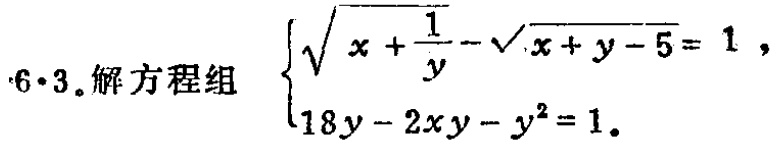
\(6\cdot3.解方程组

\begin{cases}

\sqrt{x + \frac{1}{y}}-\sqrt{x + y - 5}= 1\\

18y - 2xy - y^{2}= 1

\end{cases}\)